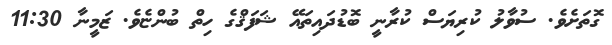
ގޮތަށެވެ. ސުވާލު ކުރިޔަސް ކުރާނީ ބޮޑުދައިތައޭ ޝަފަޤްގެ ހިތް ބުންޏެވެ. ޒަމީނާ 11:30